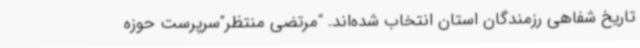
تاریخ شفاهی رزمندگان استان انتخاب شده‌اند. “مرتضی منتظر”سرپرست حوزه